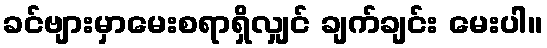
ခင်ဗျားမှာမေးစရာရှိလျှင် ချက်ချင်း မေးပါ။